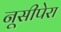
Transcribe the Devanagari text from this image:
नूसीपेरा